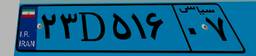
۹۳D۵۹۰۴۳